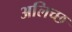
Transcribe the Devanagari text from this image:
अलिच्छ